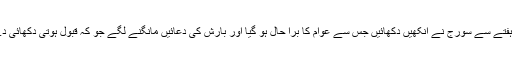
گزشتہ ایک ہفتے سے سورج نے آنکھیں دکھائیں جس سے عوام کا برا حال ہو گیا اور بارش کی دعائیں مانگنے لگے جو کہ قبول ہوتی دکھائی دے رہی ہیں ۔